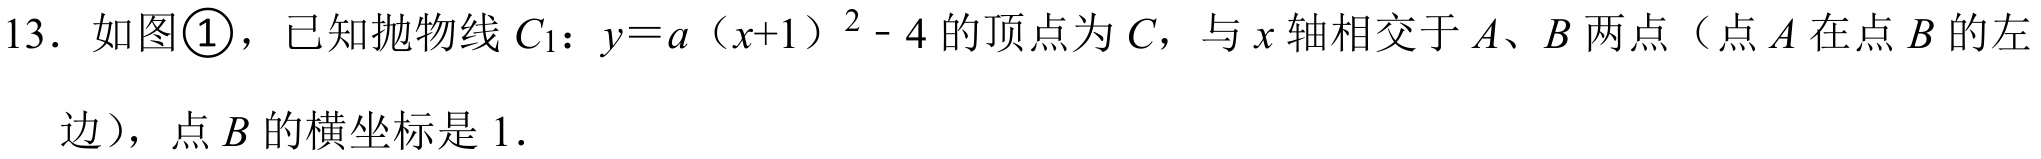
13. 如图\textcircled{1}，已知抛物线\(C_{1}\)：\(y = a（x + 1）^{2}-4\)的顶点为\(C\)，与\(x\)轴相交于\(A\)、\(B\)两点（点\(A\)在点\(B\)的左
边），点\(B\)的横坐标是\(1\).